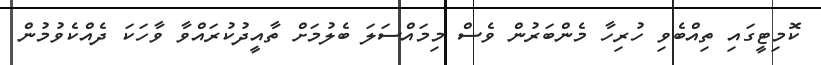
ކޮމިޓީގައި ތިއްބެވި ހުރިހާ މެންބަރުން ވެސް މިމައްސަލަ ބެލުމަށް ތާއީދުކުރައްވާ ވާހަކަ ދެއްކެވުމުން